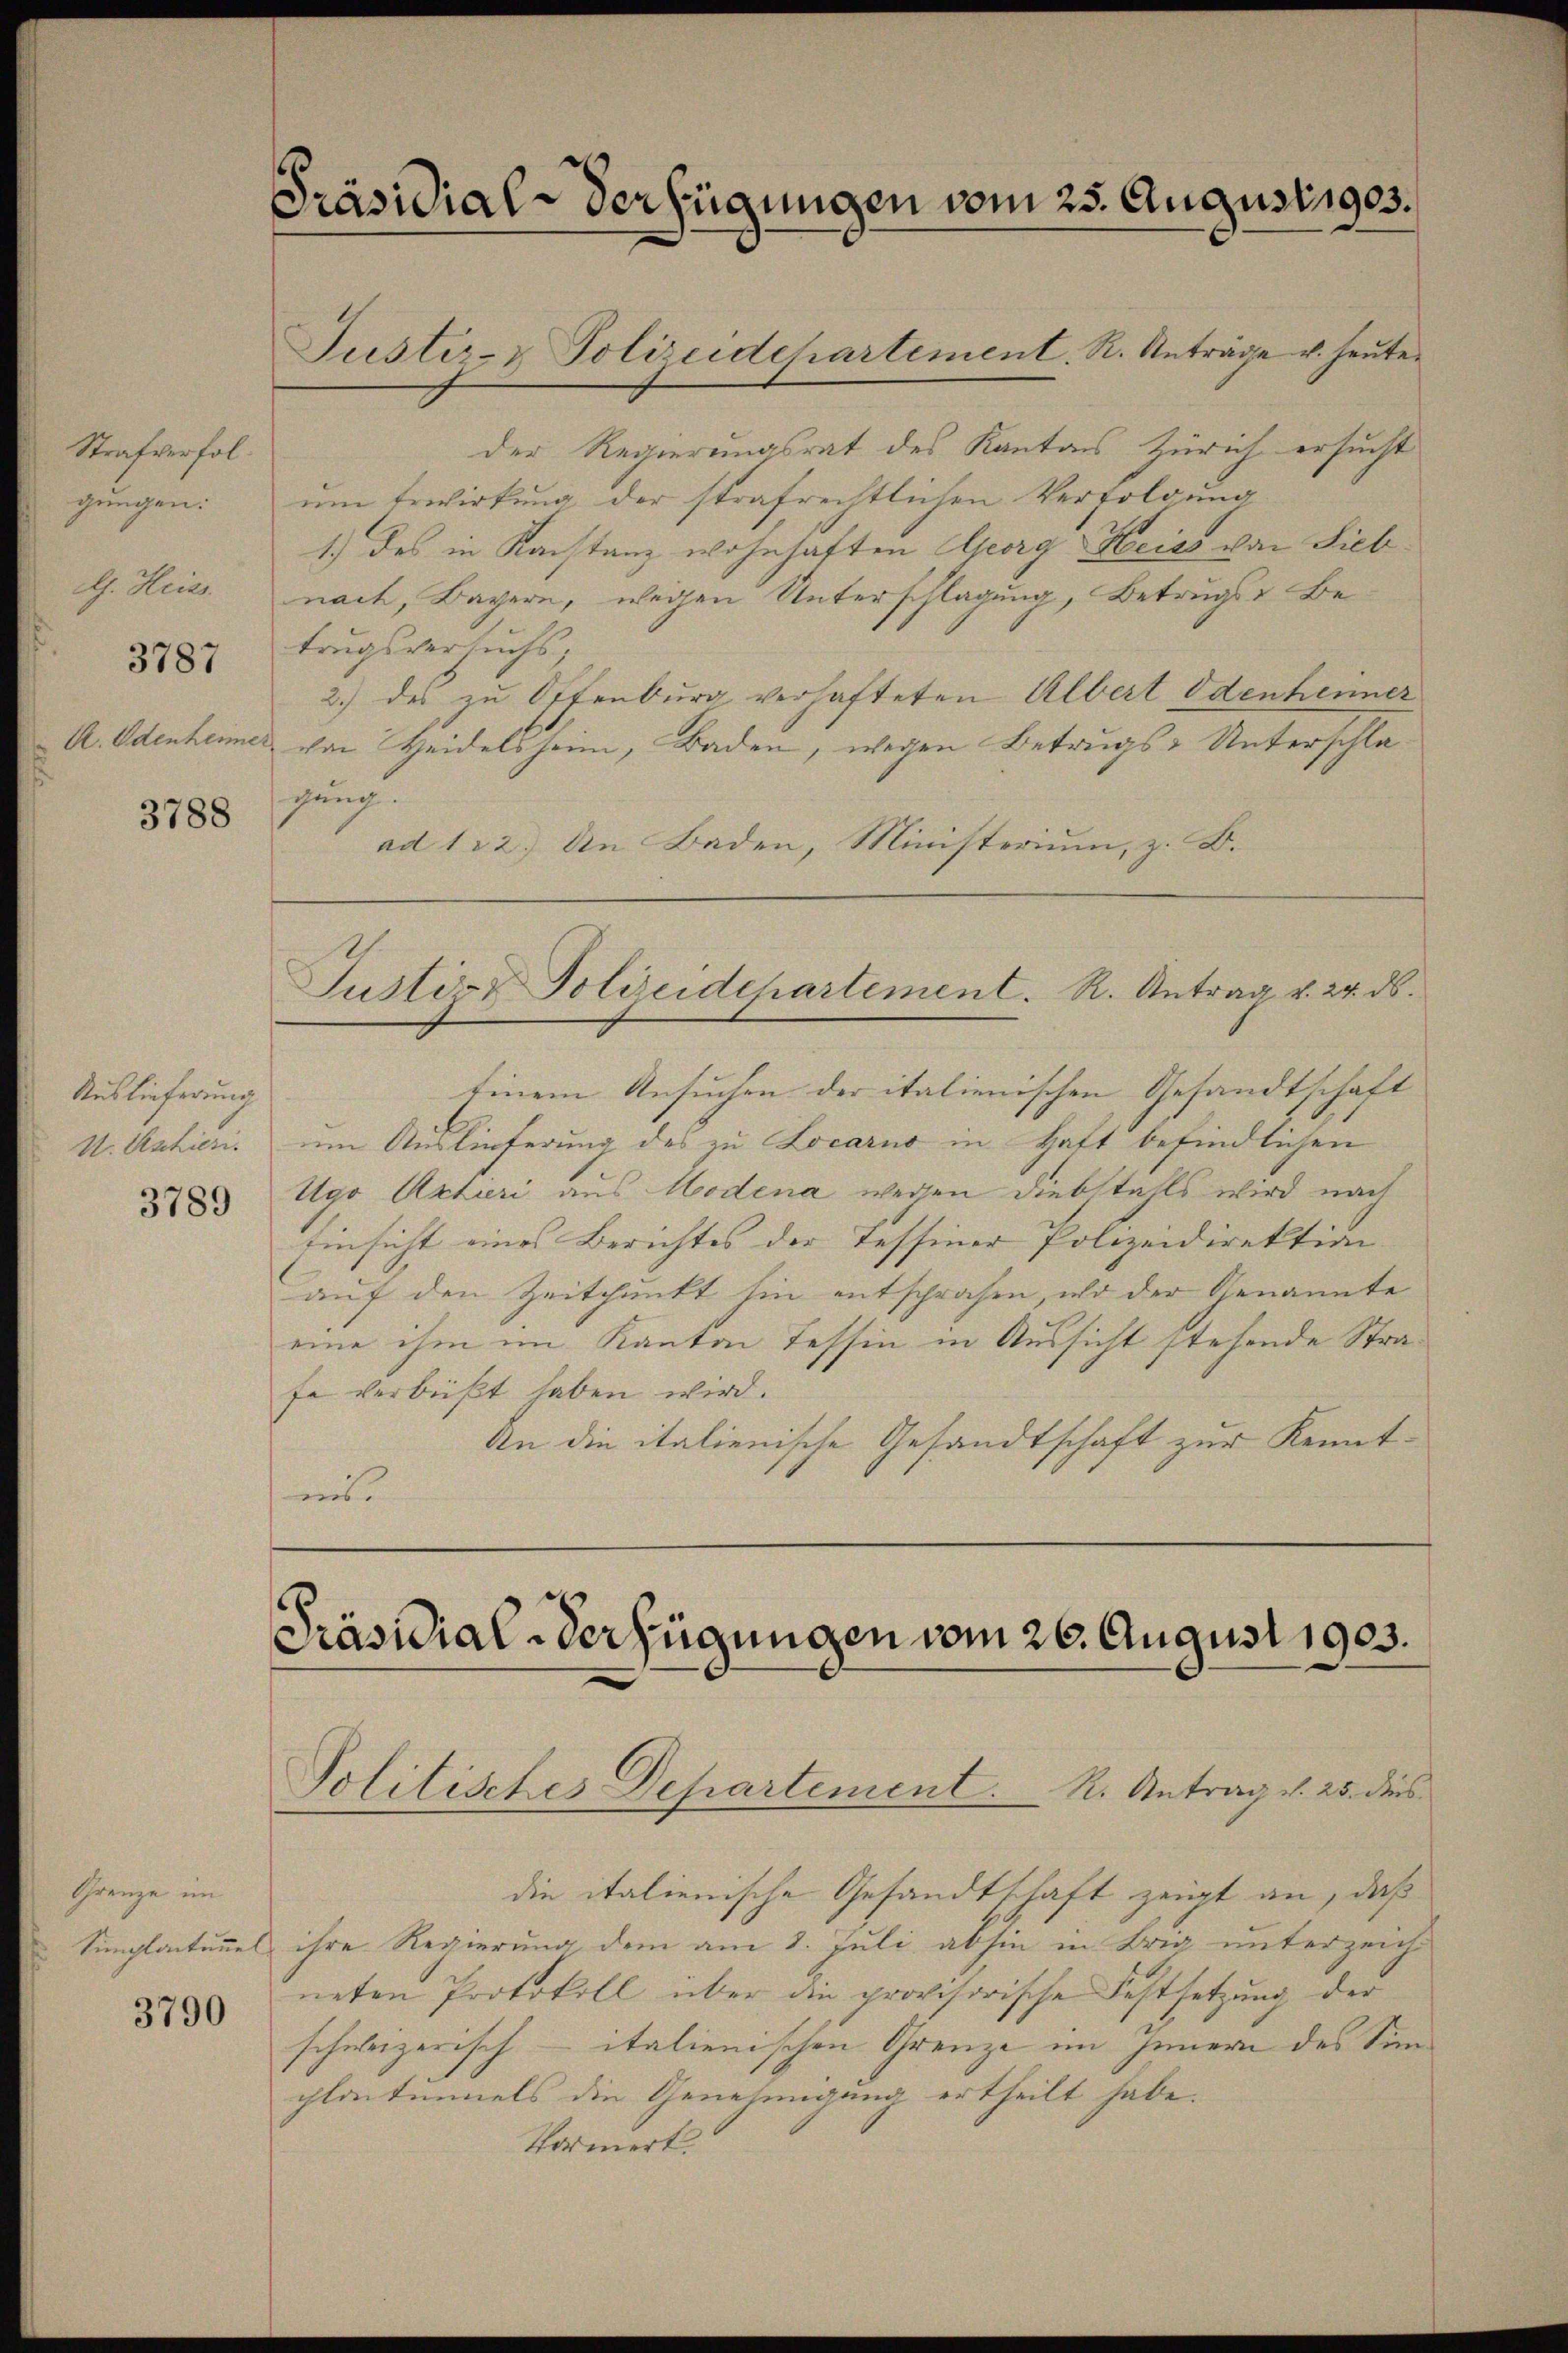
Strafverfolgungen.
dh. Heiss.

3787

3788

Auslieferung
V. Äschien.

3789

Grenze im
Simplantanel

Präsidial-Verfügungen vom 25. August 1903.
Justiz- & Polizeidechartement. R. Anträge u. heute.

der Regierungsrat des Kantons Zürich ersucht
um Erwirkung der strafrechtlichen Verfolgung
1) des in Konstanz wohnhaften Georg Heiss von Siebnach, Bayern, wegen Unterschlagung, Betrugs Betrugsversuchs,
2.) des zu Offenburg verhafteten Albert Odenhenner
A. Odenheimer von Weidelsheim, Baden, wegen Betrugs - Unterschlagung.
ad 122.) An Baden, Ministerium, z. B.

Justiz & Polizeidchartement. R. Antrag v. 24. ds.
Einem Ansuchen der italienischen Gesandtschaft
um Auslieferung des zu Locarno in Haft befindlichen
Ugo Aktieri aus Modena wegen Diebstahls wird nach
Einsicht eines Berichtes der Tessiner Polizeidirektion |
auf den Zeitpunkt hin entsprochen, und der Genannte
eine ihm im Kanton Tessin in Aussicht stehende Strafe verbüßt haben wird.
An die italienische Gesandtschaft zur Kenntmus

Präsidial-Verfügungen vom 26. August 1903.
Politisches Departement. R. Antrag v. 25. dies

die italienische Gesandtschaft zeigt an, daß
ihre Regierung dem am 8. Juli abhin in Brig unterzeich
838 neten Protokoll über die provisorische Festsetzŭng der
schweizerisch - italienischen Grenze im Innern des Simplastummels die Genehmigung ertheilt habe.
tornert.